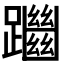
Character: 𨇔